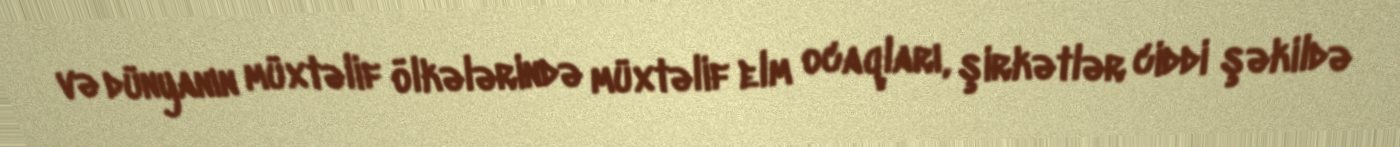
və dünyanın müxtəlif ölkələrində müxtəlif elm ocaqları, şirkətlər ciddi şəkildə